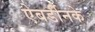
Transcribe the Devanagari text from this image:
ऐबर्डीनके